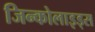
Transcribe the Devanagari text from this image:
जिन्कोलाइड्स